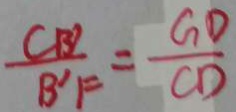
\frac { C B ^ { \prime } } { B ^ { \prime } F } = \frac { G D } { C D }